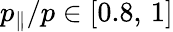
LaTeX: p_{\parallel}/p\in[0.8,\, 1]